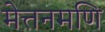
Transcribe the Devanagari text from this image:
मेत्तनमणि